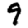
Digit: 9